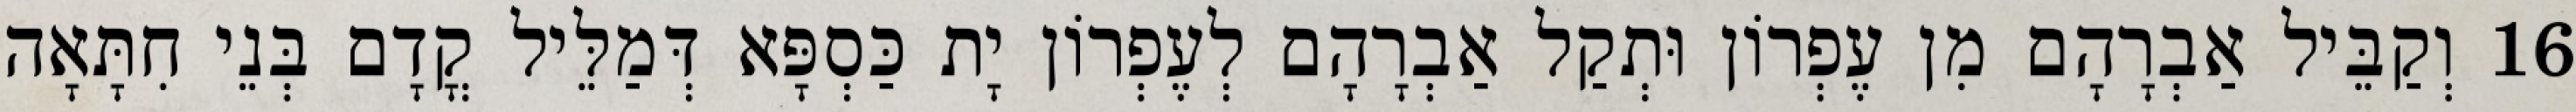
16 וְקַבֵּיל אַבְרָהָם מִן עֶפְרוֹן וּתְקַל אַבְרָהָם לְעֶפְרוֹן יָת כַּסְפָּא דְּמַלֵּיל קֳדָם בְּנֵי חִתָּאָה